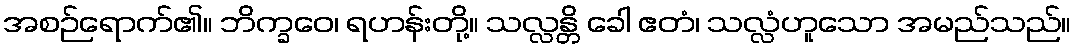
အစဉ်ရောက်၏။ ဘိက္ခဝေ၊ ရဟန်းတို့။ သလ္လန္တိ ခေါ ဧတံ၊ သလ္လံဟူသော အမည်သည်။